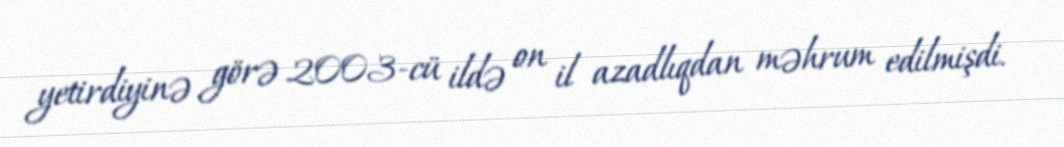
yetirdiyinə görə 2003-cü ildə on il azadlıqdan məhrum edilmişdi.